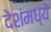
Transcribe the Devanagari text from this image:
देशंमध्ये